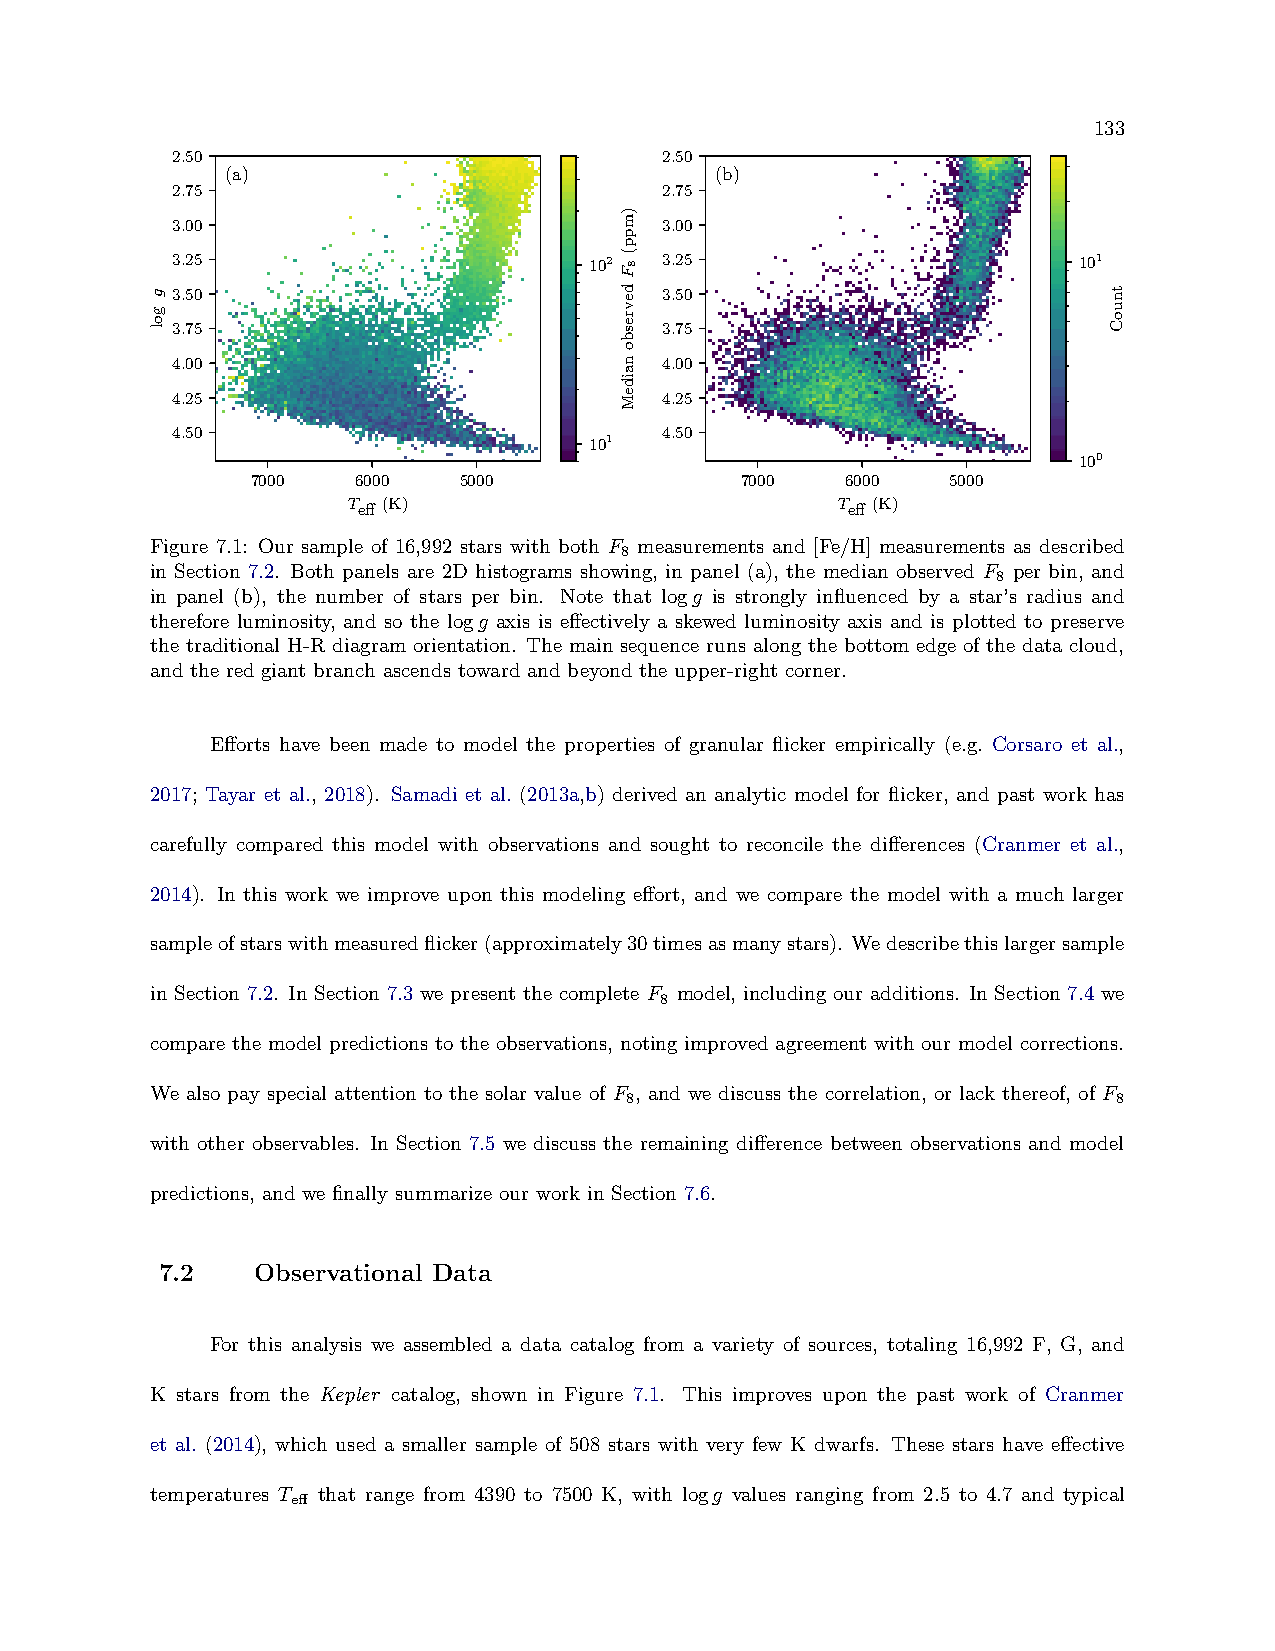
133
 2.50                             2.50
 (a)                             (b)
 2.75                             2.75
 3.00                             3.00
 3.25                        102  3.25                       101
 3.50                             3.50
 3.75                             3.75
 4.00                             4.00
 4.25                             4.25
 4.50                             4.50
 101
 100
 7000   6000  5000               7000   6000   5000
 Teff (K)                        Teff (K)
 Figure 7.1: Our sample of 16,992 stars with both F measurements and [Fe/H] measurements as described
 8
 in Section 7.2. Both panels are 2D histograms showing, in panel (a), the median observed F per bin, and
 8
 in panel (b), the number of stars per bin. Note that logg is strongly influenced by a star’s radius and
 therefore luminosity, and so the logg axis is effectively a skewed luminosity axis and is plotted to preserve
 the traditional H-R diagram orientation. The main sequence runs along the bottom edge of the data cloud,
 and the red giant branch ascends toward and beyond the upper-right corner.
 Efforts have been made to model the properties of granular flicker empirically (e.g. Corsaro et al.,
 2017; Tayar et al., 2018). Samadi et al. (2013a,b) derived an analytic model for flicker, and past work has
 carefully compared this model with observations and sought to reconcile the differences (Cranmer et al.,
 2014). In this work we improve upon this modeling effort, and we compare the model with a much larger
 sampleofstarswithmeasuredflicker(approximately30timesasmanystars). Wedescribethislargersample
 in Section 7.2. In Section 7.3 we present the complete F model, including our additions. In Section 7.4 we
 8
 compare the model predictions to the observations, noting improved agreement with our model corrections.
 We also pay special attention to the solar value of F , and we discuss the correlation, or lack thereof, of F
 8                                8
 with other observables. In Section 7.5 we discuss the remaining difference between observations and model
 predictions, and we finally summarize our work in Section 7.6.
 7.2   Observational Data
 For this analysis we assembled a data catalog from a variety of sources, totaling 16,992 F, G, and
 K stars from the Kepler catalog, shown in Figure 7.1. This improves upon the past work of Cranmer
 et al. (2014), which used a smaller sample of 508 stars with very few K dwarfs. These stars have effective
 temperatures T that range from 4390 to 7500 K, with logg values ranging from 2.5 to 4.7 and typical
 eff
 g
 gol
 )mpp(
 8FdevresbonaideM
 tnuoC